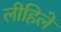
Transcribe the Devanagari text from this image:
लीहिले